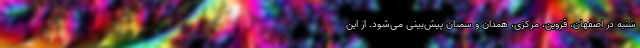
شنبه در اصفهان، قزوین، مرکزی، همدان و سمنان پیش‌بینی می‌شود. از این